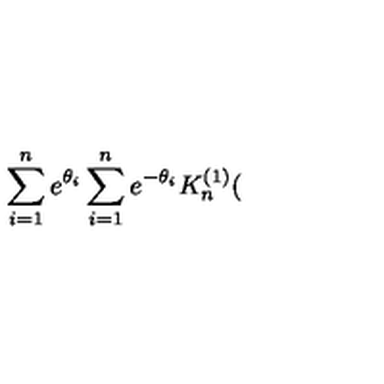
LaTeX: \sum _ { i = 1 } ^ { n } e ^ { \theta _ { i } } \sum _ { i = 1 } ^ { n } e ^ { - \theta _ { i } } K _ { n } ^ { ( 1 ) } (